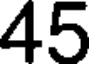
45